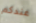
عندكم